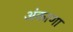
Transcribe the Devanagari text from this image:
अंकाणा